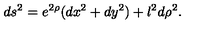
d s ^ { 2 } = e ^ { 2 \rho } ( d x ^ { 2 } + d y ^ { 2 } ) + l ^ { 2 } d \rho ^ { 2 } .